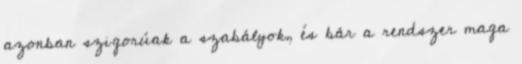
azonban szigorúak a szabályok, és bár a rendszer maga